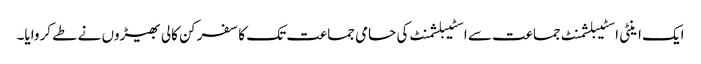
ایک اینٹی اسٹیبلشمنٹ جماعت سے اسٹیبلشمنٹ کی حامی جماعت تک کا سفر کن کالی بھیڑوں نے طے کروایا۔